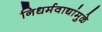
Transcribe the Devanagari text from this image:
निधर्मवाद्यांमुळे